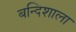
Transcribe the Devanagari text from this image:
बन्दिशाला